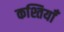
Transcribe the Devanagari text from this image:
कश्तियाँ